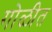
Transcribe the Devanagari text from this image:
गोळीत